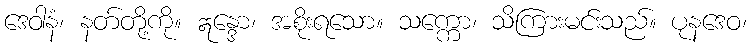
ဒေဝါနံ၊ နတ်တို့ကို။ ဣန္ဒော၊ အစိုးရသော။ သက္ကော၊ သိကြားမင်းသည်။ ပုနဒေဝ၊